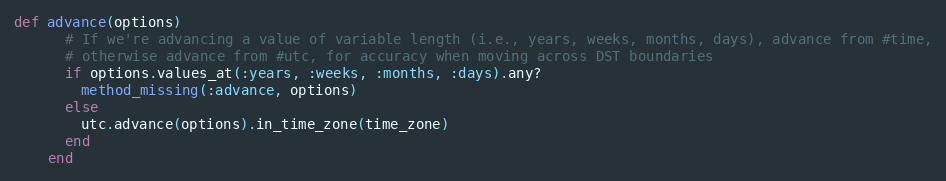
Language: Ruby
def advance(options)
      # If we're advancing a value of variable length (i.e., years, weeks, months, days), advance from #time,
      # otherwise advance from #utc, for accuracy when moving across DST boundaries
      if options.values_at(:years, :weeks, :months, :days).any?
        method_missing(:advance, options)
      else
        utc.advance(options).in_time_zone(time_zone)
      end
    end